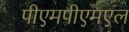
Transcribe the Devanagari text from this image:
पीएमपीएमएल